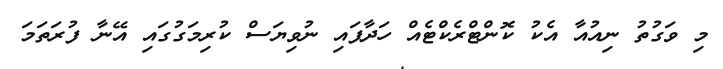
މި ވަގުތު ނިއުއާ އެކު ކޮންޓްރެކްޓެއް ހަދާފައި ނުވިޔަސް ކުރިމަގުގައި އޭނާ ފުރަތަމަ